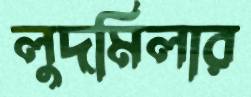
লুদমিলার